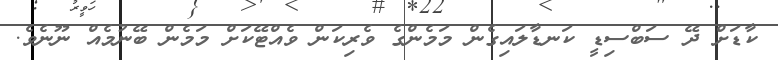
ކާޑަށް ދޭ ސަބްސިޑީ ކަނޑާލައިގެން މަމެންގެ ވެރިކަން ވެއްޓޭކަށް މަމެން ބޭނުމެއް ނޫނެވެ.